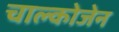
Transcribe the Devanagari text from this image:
चाल्कोजेन